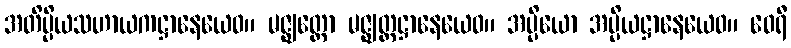
အတိပ္ပိယသဟာယကဋ္ဌာနေယေဝ။ မဇ္ဈတ္တော မဇ္ဈတ္တဋ္ဌာနေယေဝ။ အပ္ပိယော အပ္ပိယဋ္ဌာနေယေဝ။ ဝေရီ